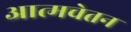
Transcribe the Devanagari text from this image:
आत्मचेतन